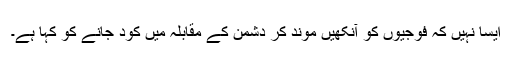
ایسا نہیں کہ فوجیوں کو آنکھیں موند کر دشمن کے مقابلہ میں کود جانے کو کہا ہے۔